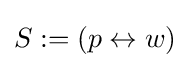
S:=\left({p}\leftrightarrow {w}\right)